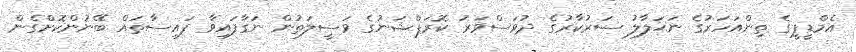
އެމްޑީޕީގެ ތިންއަހަރުގެ ނަޙަލާލު ސަރުކާރުގެ ދުވަސްވަރު ކޮރަޕްޝަނުގެ ވަސީލަތުން ނަގާފައިވާ ފައިސާތައް ބޭނުންކޮށްގެން